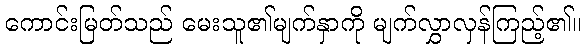
ကောင်းမြတ်သည် မေးသူ၏မျက်နှာကို မျက်လွှာလှန်ကြည့်၏။